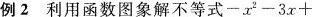
例2 利用函数图象解不等式$$-x^{2}-3x+$$